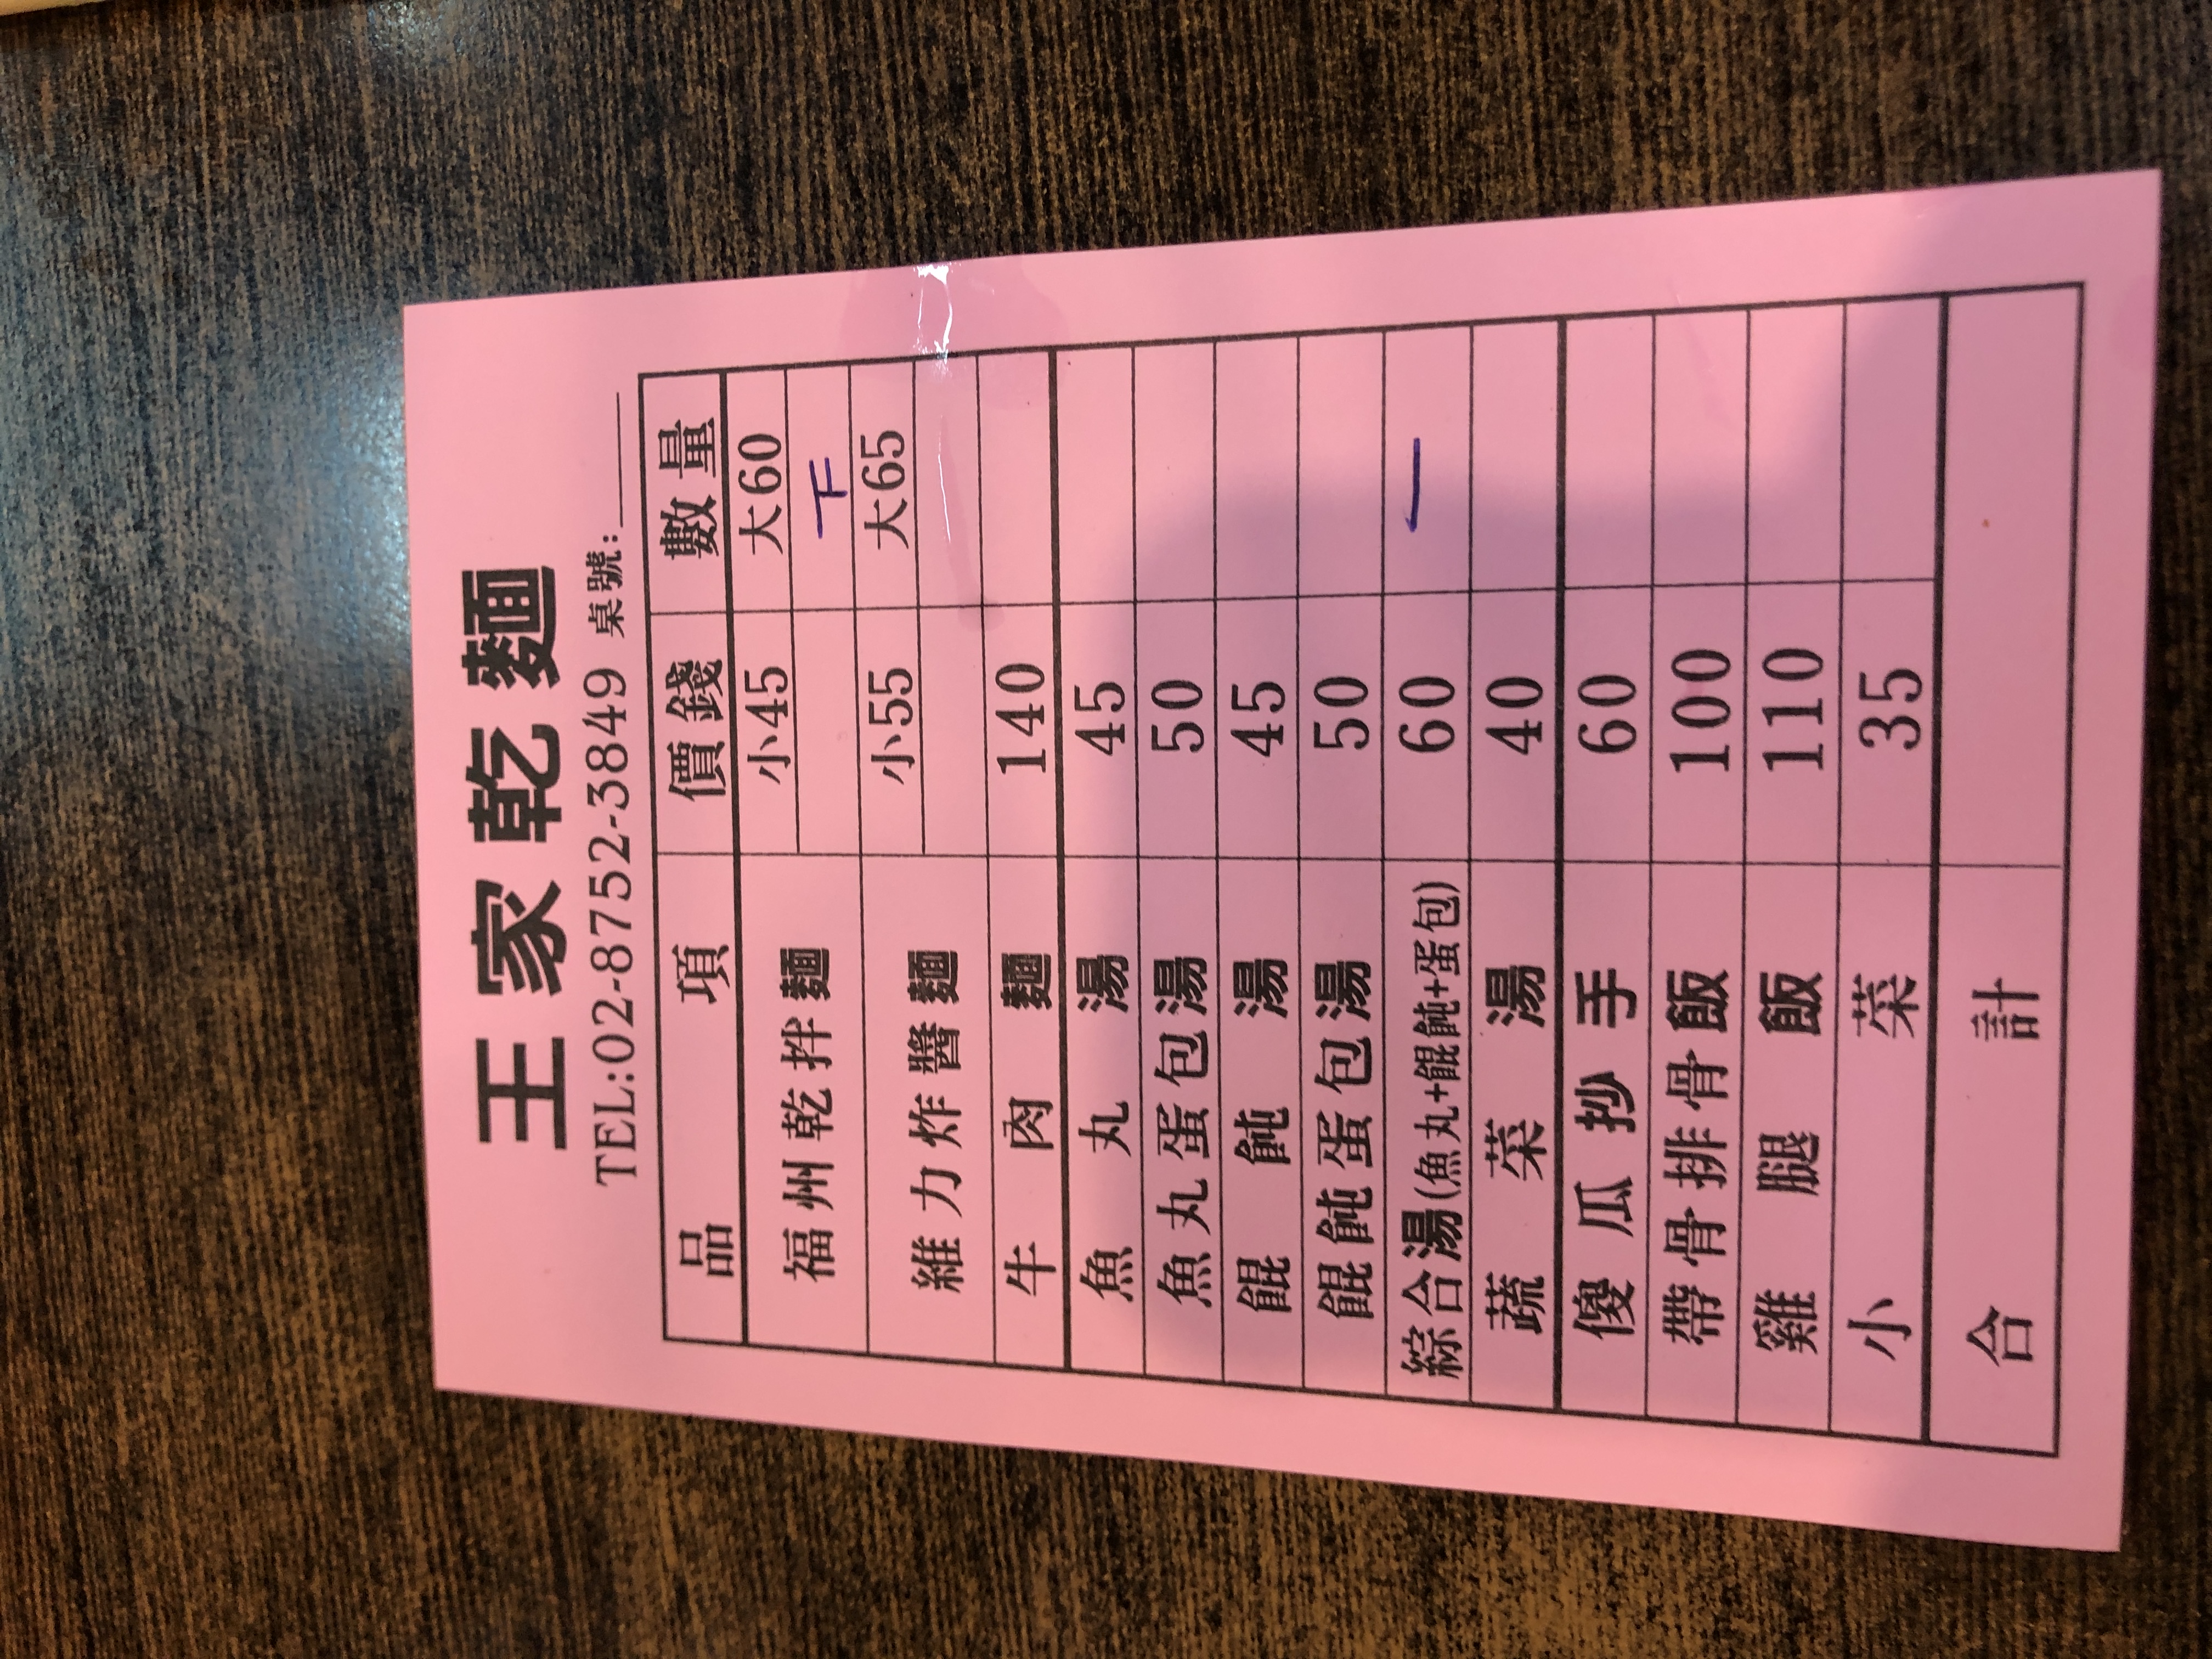
餐廳：王家乾麵
電話：02-8752-3849
菜單：
name: 福州乾拌麵 (小)
price: 45
name: 福州乾拌麵 (大)
price: 60
name: 維力炸醬麵 (小)
price: 55
name: 維力炸醬麵 (大)
price: 65
name: 牛肉麵
price: 140
name: 魚丸湯
price: 45
name: 餛飩湯
price: 50
name: 餛飩蛋包
price: 50
name: 綜合湯 (魚丸+餛飩+蛋包)
price: 60
name: 蔬菜
price: 40
name: 傻瓜抄手
price: 60
name: 帶骨排骨飯
price: 100
name: 雞腿飯
price: 110
name: 小菜
price: 35